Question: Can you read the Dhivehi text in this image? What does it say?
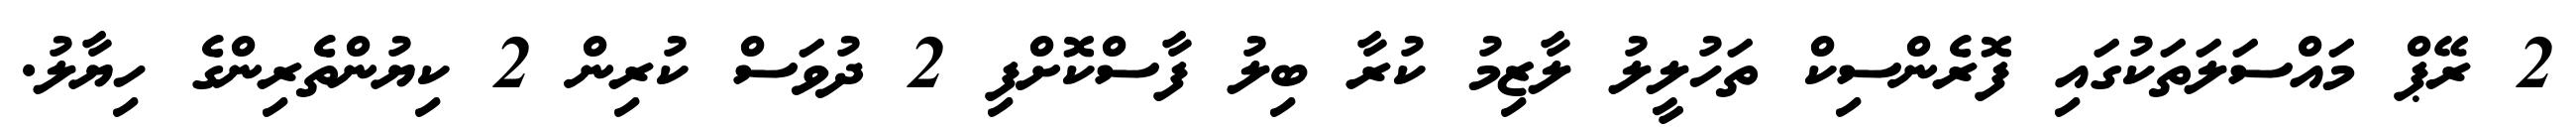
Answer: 2 ރޭޕް މައްސަލަތަކުގައި ފޮރެންސިކް ތަހުލީލު ލާޒިމު ކުރާ ބިލު ފާސްކޮށްފި 2 ދުވަސް ކުރިން 2 ކިޔުންތެރިންގެ ހިޔާލު.